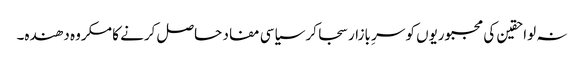
نہ لواحقین کی مجبوریوں کو سرِ بازار سجا کر سیاسی مفاد حاصل کرنے کا مکروہ دھندہ۔